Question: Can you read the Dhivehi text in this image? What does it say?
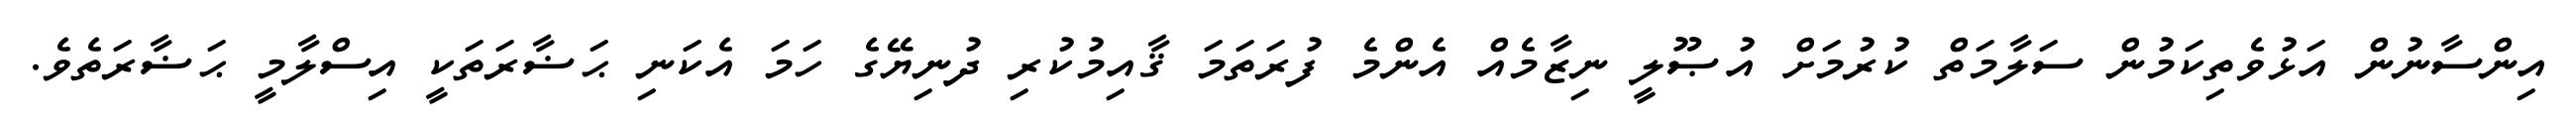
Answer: އިންސާނުން އަޅުވެތިކަމުން ސަލާމަތް ކުރުމަށް އުޞޫލީ ނިޒާމެއް އެންމެ ފުރަތަމަ ޤާއިމުކުރި ދުނިޔޭގެ ހަމަ އެކަނި ޙަޟާރަތަކީ އިސްލާމީ ޙަޟާރަތެވެ.